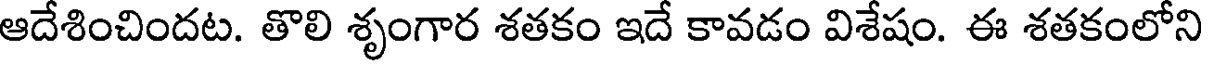
ఆదేశించిందట. తొలి శృంగార శతకం ఇదే కావడం విశేషం. ఈ శతకంలోని